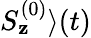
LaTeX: {S_{\mathbf{z}}^{(0)}\rangle(t)}